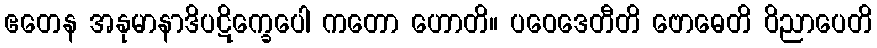
ဧတေန အနုမာနာဒိပဋိက္ခေပေါ ကတော ဟောတိ။ ပဝေဒေတီတိ ဗောဓေတိ ဝိညာပေတိ